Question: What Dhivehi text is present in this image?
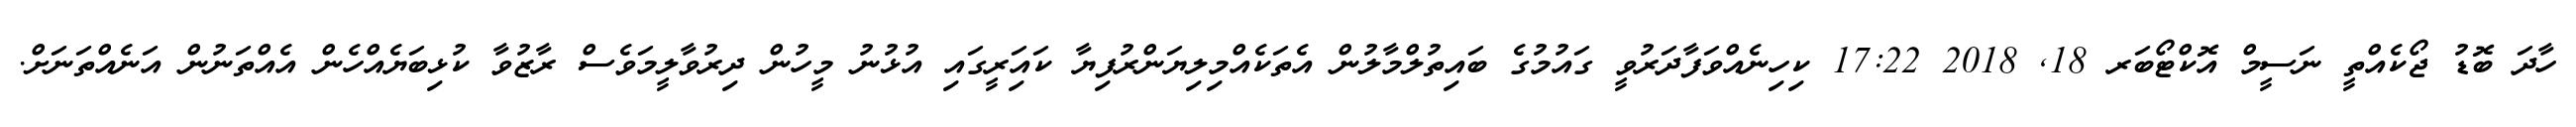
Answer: ހާދަ ބޮޑު ޖޯކެއްތީ ނަސީމް އޮކްޓޯބަރ 18, 2018 17:22 ކިހިނެއްވަފާދަރުވީ ގައުމުގެ ބައިތުލްމާލުން އެތަކެއްމިލިޔަންރުފިޔާ ކައަިރީގައި އުޅުނު މީހުން ދިރުވާލީމަވެސް ރާޒުވާ ކުޅިބަޔެއްހެން އެއްތަނުން އަނެއްތަނަށް.